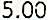
5.00